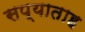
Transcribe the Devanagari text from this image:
सप्याताह